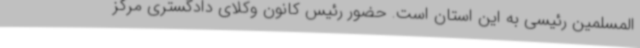
المسلمین رئیسی به این استان است. حضور رئیس کانون وکلای دادگستری مرکز